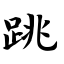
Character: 跳